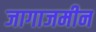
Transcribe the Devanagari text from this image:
जागाजमीन